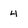
Character: 4